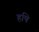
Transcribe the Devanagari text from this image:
हषि